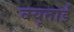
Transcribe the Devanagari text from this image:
क्यूताई